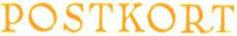
POSTKORT